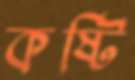
কষ্টি